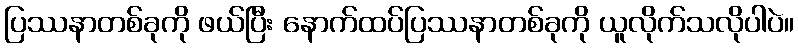
ပြဿနာတစ်ခုကို ဖယ်ပြီး နောက်ထပ်ပြဿနာတစ်ခုကို ယူလိုက်သလိုပါပဲ။